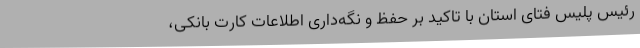
رئیس پلیس فتای استان با تاکید بر حفظ و نگه‌داری اطلاعات کارت بانکی،